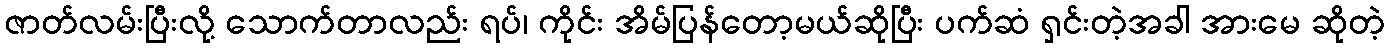
ဇာတ်လမ်းပြီးလို့ သောက်တာလည်း ရပ်၊ ကိုင်း အိမ်ပြန်တော့မယ်ဆိုပြီး ပက်ဆံ ရှင်းတဲ့အခါ အားမေ ဆိုတဲ့